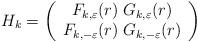
LaTeX: \begin{align*}H_{k}=\left(\begin{array}{cc}F_{k,\varepsilon}(r)\;G_{k,\varepsilon}(r)\\F_{k,-\varepsilon}(r)\;G_{k,-\varepsilon}(r)\end{array}\right)\end{align*}